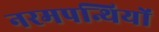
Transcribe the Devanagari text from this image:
नरमपन्थियों